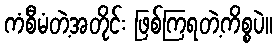
ကံစီမံတဲ့အတိုင်း ဖြစ်ကြရတဲ့ကိစ္စပဲ။